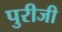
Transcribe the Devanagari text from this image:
पुरीजी